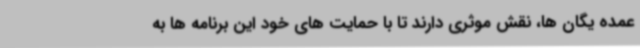
عمده یگان ها، نقش موثری دارند تا با حمایت های خود این برنامه ها به